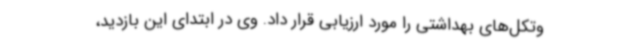
وتکل‌های بهداشتی را مورد ارزیابی قرار داد. وی در ابتدای این بازدید،